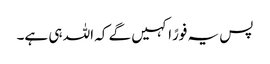
پس یہ فورًا کہیں گے کہ اللہ ہی ہے۔